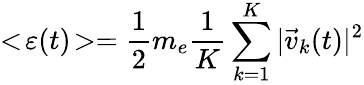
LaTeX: <\! \varepsilon(t)\! >=\frac{1}{2}m_{e}\frac{1}{K}\sum_{k=1}^{K}|\vec{v}_{k}(t)|^{2}